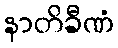
နာတိခီဏံ